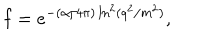
f = e ^ { - ( \alpha / 4 \pi ) \ln ^ { 2 } ( q ^ { 2 } / m ^ { 2 } ) } ,